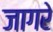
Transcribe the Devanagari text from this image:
जागरे